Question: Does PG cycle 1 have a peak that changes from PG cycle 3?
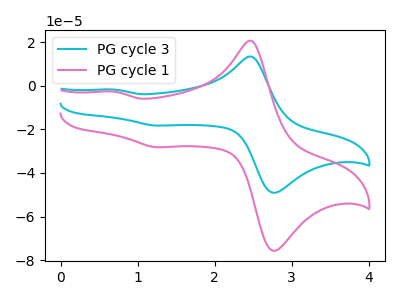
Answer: <think>The cyan curve "PG cycle 3" has anodic peaks at (2.50V, 13.30uA) (0.70V, -1.75uA) and cathodic peaks at (2.85V, -48.65uA) (1.25V, -18.25uA). The pink curve "PG cycle 1" has anodic peaks at (2.50V, 20.55uA) (0.70V, -2.75uA) and cathodic peaks at (2.85V, -75.05uA) (1.25V, -28.20uA).
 All the peaks in "PG cycle 1" have a peak in "PG cycle 3" at the same potential.</think>
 <answer>No, "PG cycle 1" and "PG cycle 3" don't appear to be significantly different in shape</answer>
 <eval>no_change</eval>